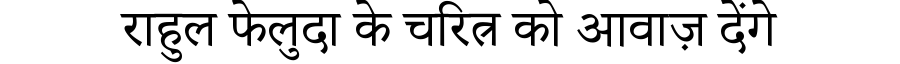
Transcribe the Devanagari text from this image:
राहुल फेलुदा के चरित्र को आवाज़ देंगे